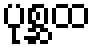
ပုစ္ဆထ